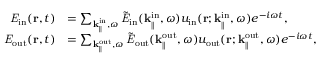
\begin{array} { r l } { { \it E } _ { \mathrm { i n } } ( { \bf r } , t ) } & { = \sum _ { { \bf k } _ { \parallel } ^ { \mathrm { i n } } , \omega } \tilde { \it E } _ { \mathrm { i n } } ( { \bf k } _ { \parallel } ^ { \mathrm { i n } } , \omega ) u _ { \mathrm { i n } } ( { \bf r } ; { \bf k } _ { \parallel } ^ { \mathrm { i n } } , \omega ) e ^ { - i \omega t } , } \\ { { \it E } _ { \mathrm { o u t } } ( { \bf r } , t ) } & { = \sum _ { { \bf k } _ { \parallel } ^ { \mathrm { o u t } } , \omega } \tilde { \it E } _ { \mathrm { o u t } } ( { \bf k } _ { \parallel } ^ { \mathrm { o u t } } , \omega ) u _ { \mathrm { o u t } } ( { \bf r } ; { \bf k } _ { \parallel } ^ { \mathrm { o u t } } , \omega ) e ^ { - i \omega t } , } \end{array}